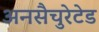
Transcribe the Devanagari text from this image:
अनसैचुरेटेड